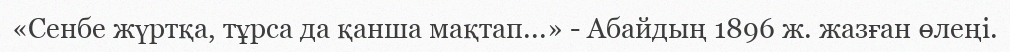
«Сенбе жүртқа, тұрса да қанша мақтап...» - Абайдың 1896 ж. жазған өлеңі.